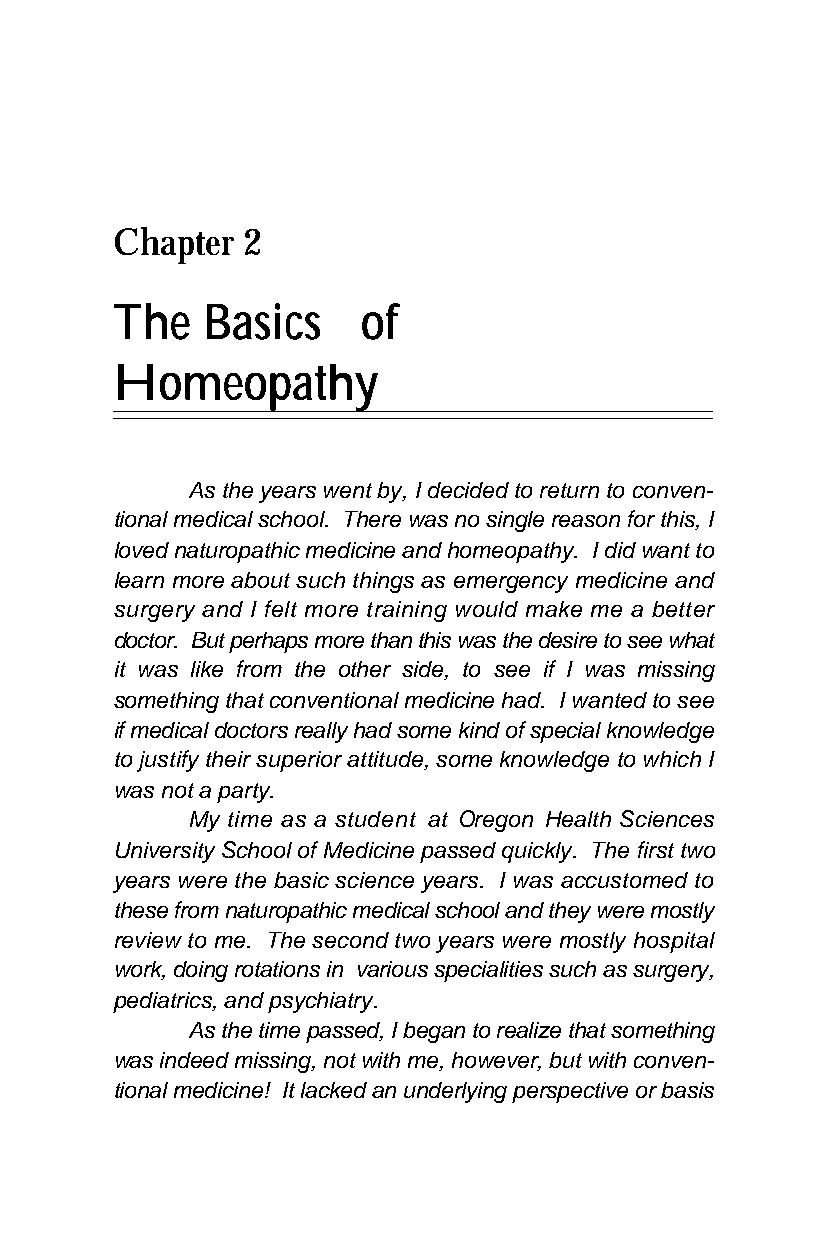
Chapter  2
 The   Basics     of
 Homeopathy
 As the years went by, I decided to return to conven-
 tional medical school. There was no single reason for this, I
 loved naturopathic medicine and homeopathy. I did want to
 learn more about such things as emergency medicine and
 surgery and I felt more training would make me a better
 doctor. But perhaps more than this was the desire to see what
 it was like from the other side, to see if I was missing
 something that conventional medicine had. I wanted to see
 if medical doctors really had some kind of special knowledge
 to justify their superior attitude, some knowledge to which I
 was not a party.
 My time as a student at Oregon Health Sciences
 University School of Medicine passed quickly. The first two
 years were the basic science years. I was accustomed to
 these from naturopathic medical school and they were mostly
 review to me. The second two years were mostly hospital
 work, doing rotations in various specialities such as surgery,
 pediatrics, and psychiatry.
 As the time passed, I began to realize that something
 was indeed missing, not with me, however, but with conven-
 tional medicine! It lacked an underlying perspective or basis